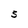
Character: S